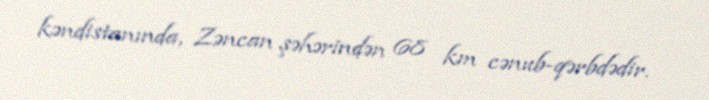
kəndistanında, Zəncan şəhərindən 68 km cənub-qərbdədir.